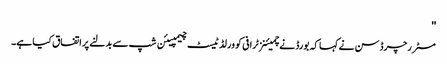
''
مسٹر رچرڈسن نے کہا کہ بورڈ نے چمیئنز ٹرافی کو ورلڈ ٹیسٹ چیمپیئن شپ سے بدلنے پر اتفاق کیا ہے۔